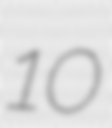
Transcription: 10